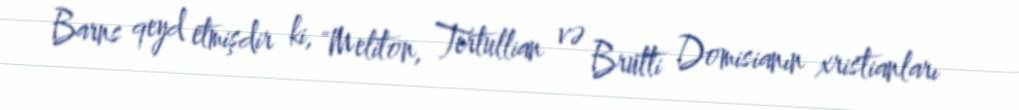
Barns qeyd etmişdir ki, "Meliton, Tertullian və Brutti Domisianın xristianları